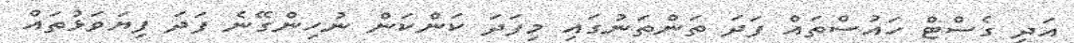
އަދި ގެސްޓް ހައުސްތައް ފަދަ ތަންތަނުގައި މިފަދަ ކަންކަން ނުހިންގޭނެ ފަދަ ފިޔަވަޅުތައް